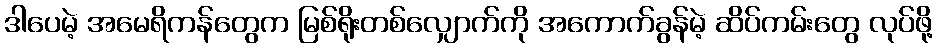
ဒါပေမဲ့ အမေရိကန်တွေက မြစ်ရိုးတစ်လျှောက်ကို အကောက်ခွန်မဲ့ ဆိပ်ကမ်းတွေ လုပ်ဖို့